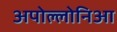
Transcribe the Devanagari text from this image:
अपोल्लोनिआ